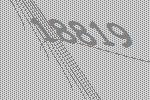
18819